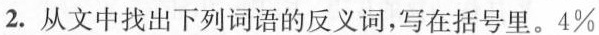
2.从文中找出下列词语的反义词，写在括号里。4\%